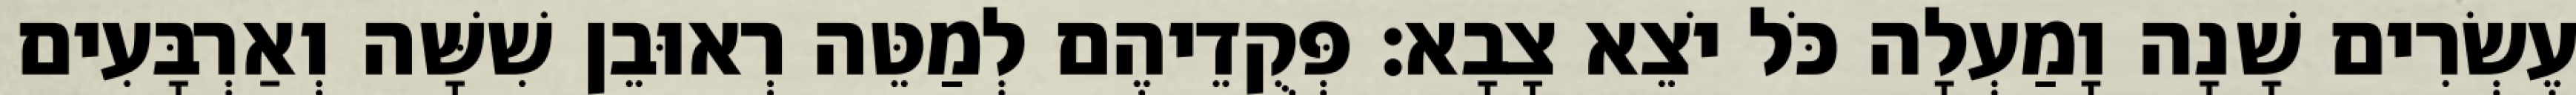
עֶשְׂרִים שָׁנָה וָמַעְלָה כֹּל יֹצֵא צָבָא׃ פְּקֻדֵיהֶם לְמַטֵּה רְאוּבֵן שִׁשָּׁה וְאַרְבָּעִים